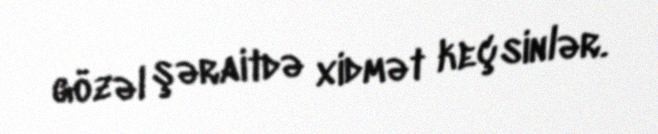
gözəl şəraitdə xidmət keçsinlər.